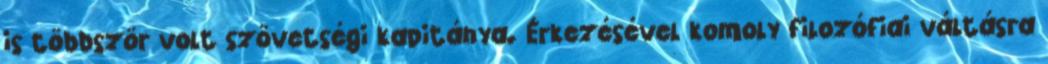
is többször volt szövetségi kapitánya. Érkezésével komoly filozófiai váltásra